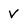
Character: v